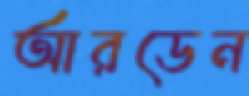
আরডেন